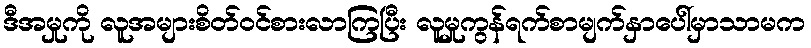
ဒီအမှုကို လူအများစိတ်ဝင်စားလာကြပြီး လူမှုကွန်ရက်စာမျက်နှာပေါ်မှာသာမက